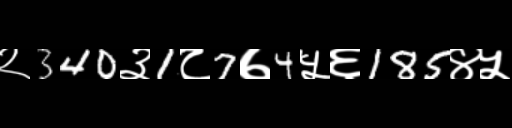
Text: २340३1८7७4५६185४५